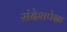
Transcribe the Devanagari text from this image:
संदेशपेक्षा